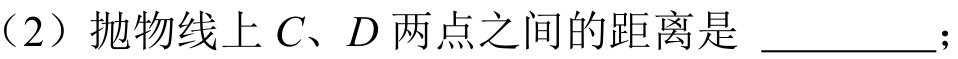
（2）抛物线上 \(C\)、\(D\) 两点之间的距离是 \_\_\_\_\_\_；